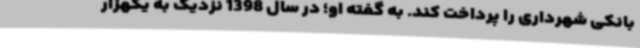
بانکی شهرداری را پرداخت کند. به گفته او؛ در سال 1398 نزدیک به یکهزار